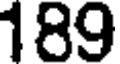
189